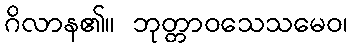
ဂိလာန၏။ ဘုတ္တာဝသေသမေဝ၊